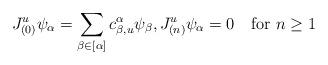
LaTeX: \begin{align*}J^{u}_{(0)}\psi_{\alpha}=\sum_{\beta\in[\alpha]}c_{\beta,u}^{\alpha}\psi_{\beta},J^{u}_{(n)}\psi_{\alpha}=0\quad\mathrm{for}\ n\geq1\end{align*}